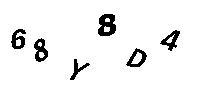
68Y8D4